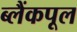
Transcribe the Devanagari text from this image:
ब्लैंकपूल